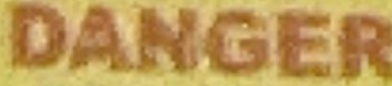
DANGER